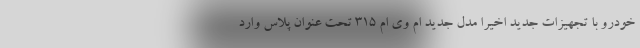
خودرو با تجهیزات جدید اخیرا مدل جدید ام وی ام 315 تحت عنوان پلاس وارد